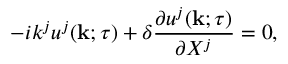
- i k ^ { j } u ^ { j } ( { \bf { k } } ; \tau ) + \delta \frac { \partial u ^ { j } ( { \bf { k } } ; \tau ) } { \partial X ^ { j } } = 0 ,